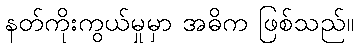
နတ်ကိုးကွယ်မှုမှာ အဓိက ဖြစ်သည်။